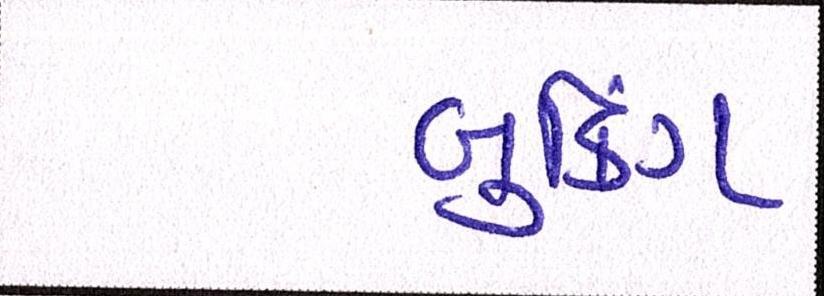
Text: બુકિંગ